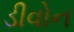
ડીવોન